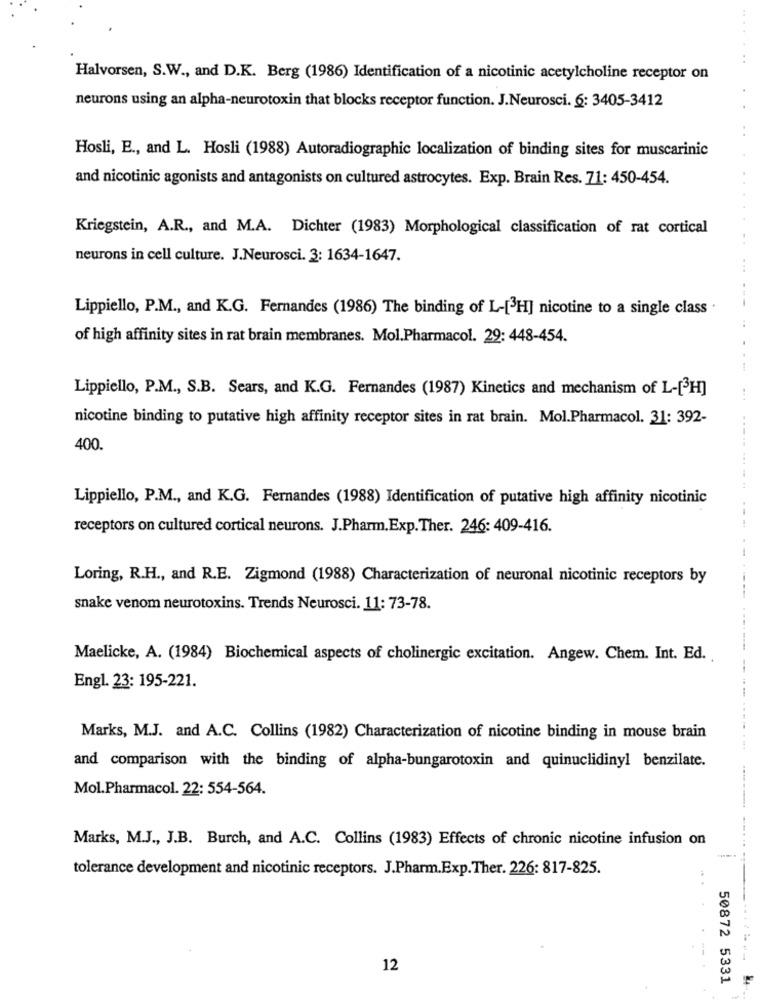
.......
Halvorsen, S.W ., and D.K. Berg (1986) Identification of a nicotinic acetylcholine receptor on
neurons using an alpha-neurotoxin that blocks receptor function. J.Neurosci. 6: 3405-3412
Hosli, E ., and L. Hosli (1988) Autoradiographic localization of binding sites for muscarinic
and nicotinic agonists and antagonists on cultured astrocytes. Exp. Brain Res. 71: 450-454.
Kriegstein, A.R ., and M.A. Dichter (1983) Morphological classification of rat cortical
neurons in cell culture. J.Neurosci. 3: 1634-1647.
Lippiello, P.M ., and K.G. Fernandes (1986) The binding of L-[3H] nicotine to a single class
of high affinity sites in rat brain membranes. Mol.Pharmacol. 29: 448-454.
Lippiello, P.M ., S.B. Sears, and K.G. Fernandes (1987) Kinetics and mechanism of L-[3H]
nicotine binding to putative high affinity receptor sites in rat brain. Mol.Pharmacol. 31: 392-
400.
Lippiello, P.M ., and K.G. Fernandes (1988) Identification of putative high affinity nicotinic
receptors on cultured cortical neurons. J.Pharm.Exp.Ther. 246: 409-416.
Loring, R.H ., and R.E. Zigmond (1988) Characterization of neuronal nicotinic receptors by
snake venom neurotoxins. Trends Neurosci. 11: 73-78.
Maelicke, A. (1984) Biochemical aspects of cholinergic excitation. Angew. Chem. Int. Ed.
Engl. 23: 195-221.
Marks, M.J. and A.C. Collins (1982) Characterization of nicotine binding in mouse brain
and comparison with the binding of alpha-bungarotoxin and quinuclidinyl benzilate.
Mol.Pharmacol. 22: 554-564.
Marks, M.J ., J.B. Burch, and A.C. Collins (1983) Effects of chronic nicotine infusion on
--...
tolerance development and nicotinic receptors. J.Pharm.Exp.Ther. 226: 817-825.
12
50872 5331